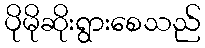
ပိုမိုဆိုးရွားစေသည်